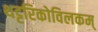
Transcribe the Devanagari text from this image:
थट्टरिकोविलकम्